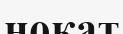
ноқат